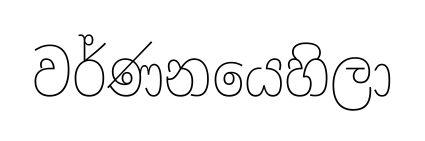
වර්ණනයෙහිලා